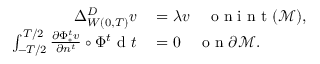
\begin{array} { r l } { \Delta _ { W ( 0 , T ) } ^ { D } v } & { { } = \lambda v \quad \mathrm { ~ o ~ n ~ i ~ n ~ t ~ } ( \mathcal { M } ) , } \\ { \int _ { - T / 2 } ^ { T / 2 } \frac { \partial \Phi _ { * } ^ { t } v } { \partial n ^ { t } } \circ \Phi ^ { t } \mathrm { ~ d ~ } t } & { { } = 0 \quad \mathrm { ~ o ~ n ~ } \partial \mathcal { M } . } \end{array}